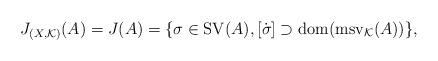
LaTeX: \begin{align*}J_{(X,\mathcal{K})}(A)=J(A)=\{\sigma\in \mathrm{SV}(A), [\dot{\sigma}] \supset \mathrm{dom}(\mathrm{msv}_\mathcal{K}(A))\},\end{align*}